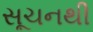
સૂચનથી